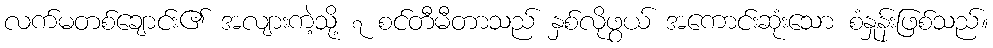
လက်မတစ်ချောင်း၏ အလျားကဲ့သို့ ၇ စင်တီမီတာသည် နှစ်လိုဖွယ် အကောင်းဆုံးသော စံနှုန်းဖြစ်သည်။